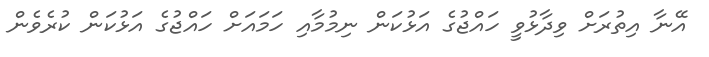
އޭނާ އިތުރަށް ވިދާޅުވީ ހައްޖުގެ އަޅުކަން ނިމުމާއި ހަމައަށް ހައްޖުގެ އަޅުކަން ކުރެވެން